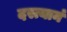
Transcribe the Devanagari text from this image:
दस्त्यानं